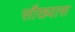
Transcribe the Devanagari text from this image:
सौख्यास